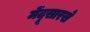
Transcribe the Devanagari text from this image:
मेंदूसारखे